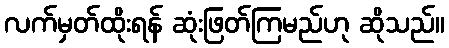
လက်မှတ်ထိုးရန် ဆုံးဖြတ်ကြမည်ဟု ဆိုသည်။